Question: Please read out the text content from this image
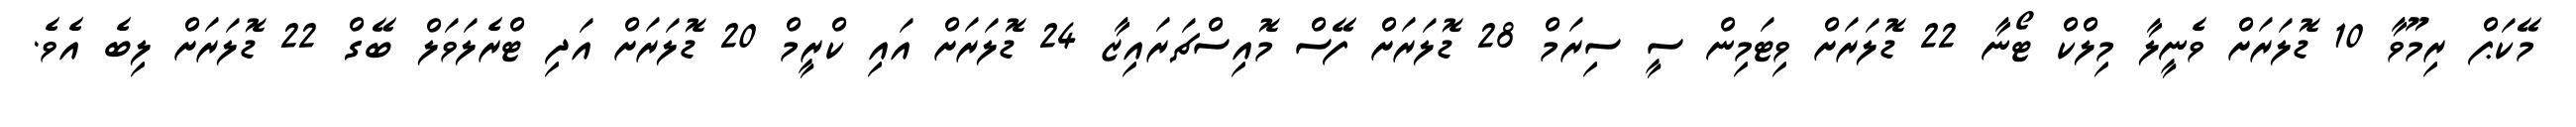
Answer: މޭކަޕް ރިމޫވާ 10 ޑޮލަރަށް ވެނީލާ މިލްކް ޓޯނާ 22 ޑޮލަރަށް ވިޓަމިން ސީ ސިރަމް 28 ޑޮލަރަށް ފޭސް މޮއިސްޗަރައިޒާ 24 ޑޮލަރަށް އައި ކްރީމް 20 ޑޮލަރަށް އަދި ޓްރެލަވަލް ބޭގް 22 ޑޮލަރަށް ލިބެ އެވެ.